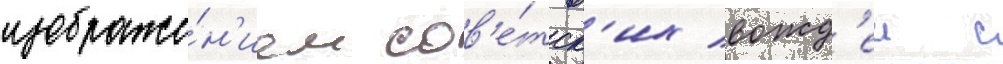
изображе́н'ием сов'е́тск'их вожд'еи с